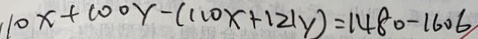
1 0 x + 1 0 0 y - ( 1 1 0 x + 1 2 1 y ) = 1 4 8 0 - 1 6 0 6